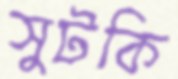
সুটকি